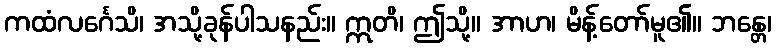
ကထံလင်္ဂေသိ၊ အသို့ခုန်ပါသနည်း။ ဣတိ၊ ဤသို့။ အာဟ၊ မိန့်တော်မူ၏။ ဘန္တေ၊